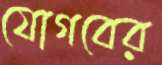
যোগবের